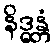
နိဒ္ဓန္တံ